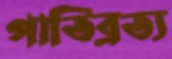
পাতিব্রত্য